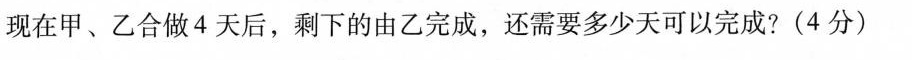
现在甲、乙合做4天后，剩下的由乙完成，还需要多少天可以完成?(4分)